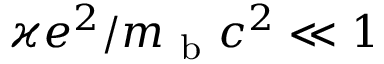
\varkappa e ^ { 2 } / m _ { \mathrm { ~ b ~ } } c ^ { 2 } \ll 1